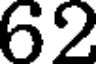
62